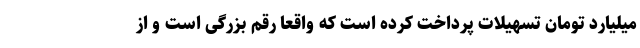
میلیارد تومان تسهیلات پرداخت کرده است که واقعاً رقم بزرگی است و از